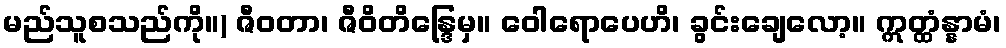
မည်သူစသည်ကို။) ဇီဝတာ၊ ဇီဝိတိန္ဒြေမှ။ ဝေါရောပေဟိ၊ ခွင်းချေလော့။ ဣတ္ထံန္နာမံ၊